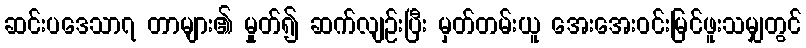
ဆင်းပဒေသာ၇ တာများ၏ မှုတ်၍ ဆက်လျဉ်းပြီး မှတ်တမ်းယူ အေးအေးဝင်းမြင်ဖူးသမျှတွင်